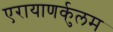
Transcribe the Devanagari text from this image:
एरायाणर्कुलम